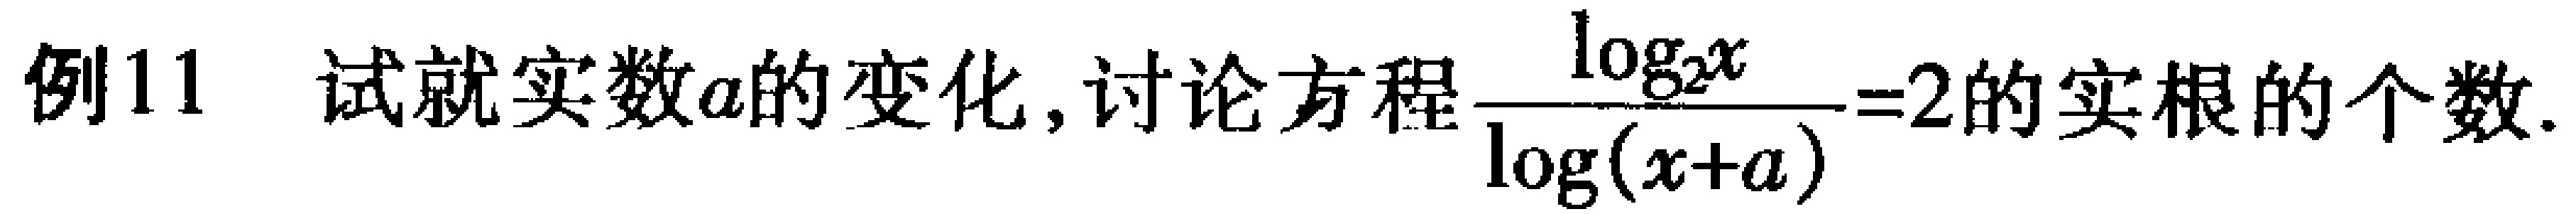
例11 试就实数\(a\)的变化,讨论方程\(\frac{\log_{2}x}{\log(x + a)} = 2\)的实根的个数.